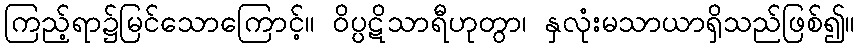
ကြည့်ရာ၌မြင်သောကြောင့်။ ဝိပ္ပဋိသာရီဟုတွာ၊ နှလုံးမသာယာရှိသည်ဖြစ်၍။